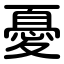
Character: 憂